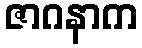
ဇာဂနာက